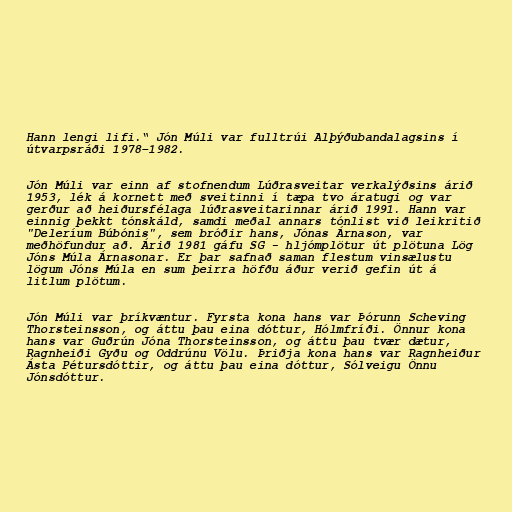
Hann lengi lifi.“ Jón Múli var fulltrúi Alþýðubandalagsins í
útvarpsráði 1978–1982.

Jón Múli var einn af stofnendum Lúðrasveitar verkalýðsins árið
1953, lék á kornett með sveitinni í tæpa tvo áratugi og var
gerður að heiðursfélaga lúðrasveitarinnar árið 1991. Hann var
einnig þekkt tónskáld, samdi meðal annars tónlist við leikritið
"Deleríum Búbónis", sem bróðir hans, Jónas Árnason, var
meðhöfundur að. Árið 1981 gáfu SG - hljómplötur út plötuna Lög
Jóns Múla Árnasonar. Er þar safnað saman flestum vinsælustu
lögum Jóns Múla en sum þeirra höfðu áður verið gefin út á
litlum plötum.

Jón Múli var þríkvæntur. Fyrsta kona hans var Þórunn Scheving
Thorsteinsson, og áttu þau eina dóttur, Hólmfríði. Önnur kona
hans var Guðrún Jóna Thorsteinsson, og áttu þau tvær dætur,
Ragnheiði Gyðu og Oddrúnu Völu. Þriðja kona hans var Ragnheiður
Ásta Pétursdóttir, og áttu þau eina dóttur, Sólveigu Önnu
Jónsdóttur.